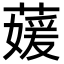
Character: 𮑘